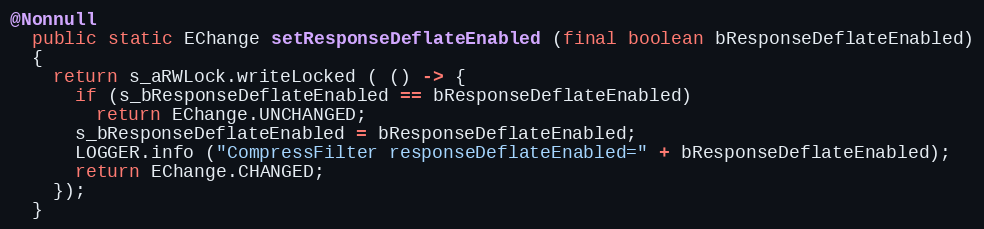
Language: Java
@Nonnull
  public static EChange setResponseDeflateEnabled (final boolean bResponseDeflateEnabled)
  {
    return s_aRWLock.writeLocked ( () -> {
      if (s_bResponseDeflateEnabled == bResponseDeflateEnabled)
        return EChange.UNCHANGED;
      s_bResponseDeflateEnabled = bResponseDeflateEnabled;
      LOGGER.info ("CompressFilter responseDeflateEnabled=" + bResponseDeflateEnabled);
      return EChange.CHANGED;
    });
  }